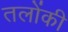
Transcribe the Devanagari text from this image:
तलोंकी